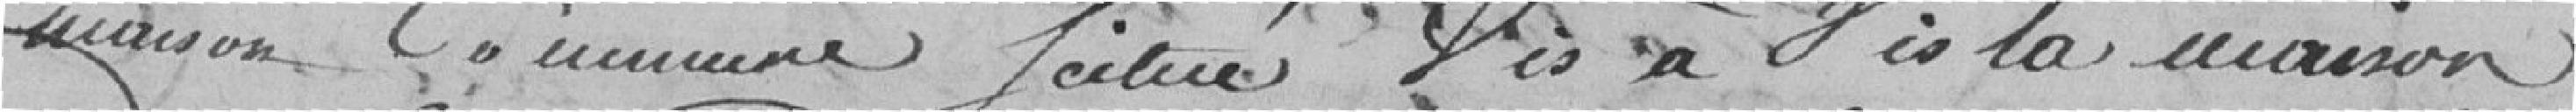
maison commune situé vis  vis la maison